Lunatic asylums Punjab 1881-1894 - 1881-1894
Year: 1881
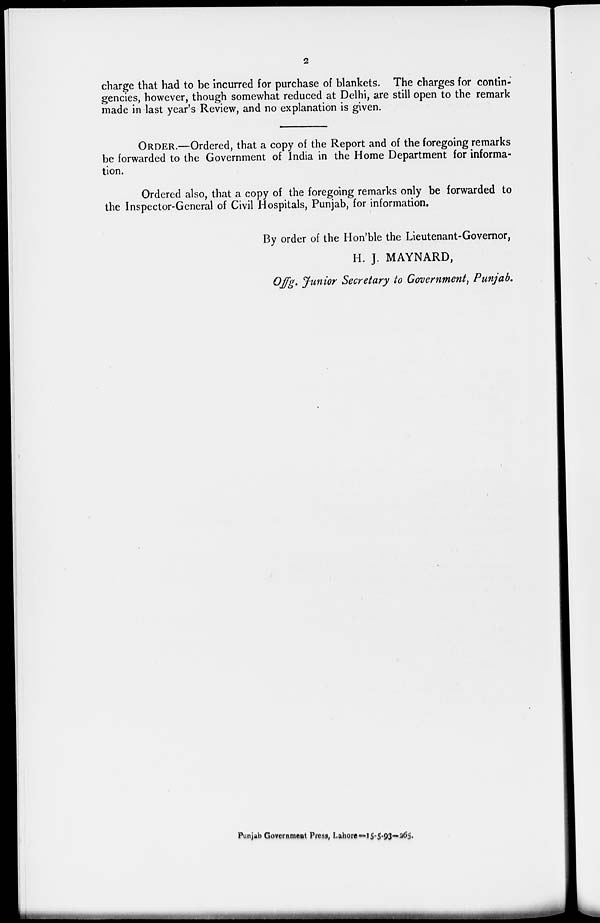
2
charge that had to be incurred for purchase of blankets. The charges for contin-
gencies, however, though somewhat reduced at Delhi, are still open to the remark
made in last year's Review, and no explanation is given.
ORDER.—Ordered, that a copy of the Report and of the foregoing remarks
be forwarded to the Government of India in the Home Department for informa-
tion.
Ordered also, that a copy of the foregoing remarks only be forwarded to
the Inspector-General of Civil Hospitals, Punjab, for information.
By order of the Hon'ble the Lieutenant-Governor,
H. J. MAYNARD,
Offg. Junior Secretary to Government, Punjab.
Punjab Government Press, Lahore—15-5-93—265.